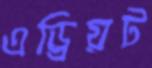
এড্রিয়ট